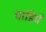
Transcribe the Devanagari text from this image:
चाहियेँ